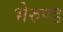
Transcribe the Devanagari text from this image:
भेरुण्ड